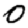
Digit: 0